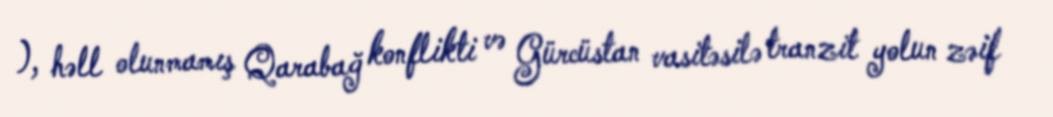
), həll olunmamış Qarabağ konflikti və Gürcüstan vasitəsilə tranzit yolun zəif